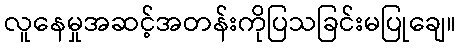
လူနေမှုအဆင့်အတန်းကိုပြသခြင်းမပြုချေ။